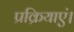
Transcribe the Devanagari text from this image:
प्रक्रियाएं।